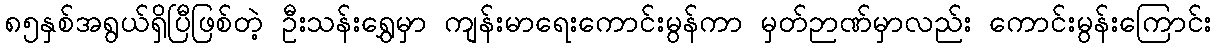
၈၅နှစ်အရွယ်ရှိပြီဖြစ်တဲ့ ဦးသန်းရွှေမှာ ကျန်းမာရေးကောင်းမွန်ကာ မှတ်ဉာဏ်မှာလည်း ကောင်းမွန်းကြောင်း